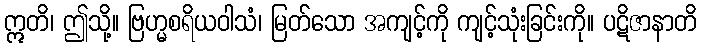
ဣတိ၊ ဤသို့။ ဗြဟ္မစရိယဝါသံ၊ မြတ်သော အကျင့်ကို ကျင့်သုံးခြင်းကို။ ပဋိဇာနာတိ